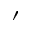
\prime